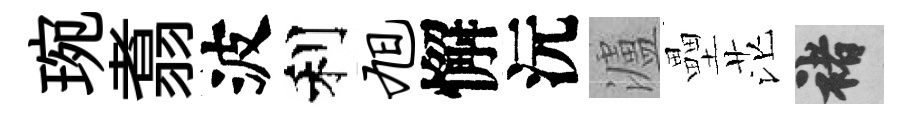
琬翥波利旭懈沅瀘壘茫褚